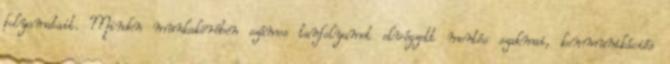
folyamatait. Minden munkakörében számos tanfolyamot elvégzett mentés szakmai, kommunikációs